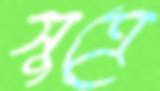
সুত্রে